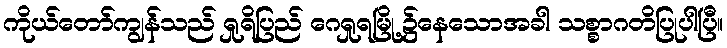
ကိုယ်တော်ကျွန်သည် ရှုရိပြည် ဂေရှုရမြို့၌နေသောအခါ သစ္စာဂတိပြုပါပြီ။